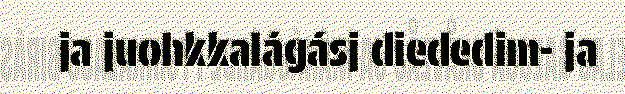
ja juohkkalágásj diededim- ja